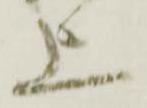
上